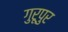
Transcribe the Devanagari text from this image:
गुरूपुर